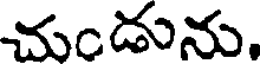
చుండును.